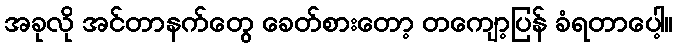
အခုလို အင်တာနက်တွေ ခေတ်စားတော့ တကျော့ပြန် ခံရတာပေါ့။